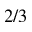
2 / 3